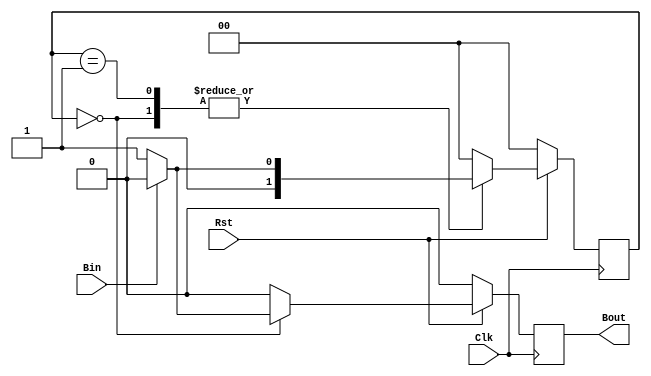
//Course Number:6370
module ButtonShaper(Bin,Bout,Clk,Rst);
  input Bin;
  input Clk,Rst;
  output Bout;
   reg Bout;
  reg [1:0]State;
  parameter INIT=0,WAIT=1;
  always @(posedge Clk)
   begin
   if (Rst==1)
    begin
    case(State)
     INIT:
       begin
	  Bout<=1'b0;
        if(Bin==0)
         begin
          Bout<=1'b1;
         State<=WAIT;
         end
        else
          begin
           State<=INIT;
         end
       end
    WAIT:
      begin
         Bout<=1'b0;
        if(Bin==1)
         begin
           State<=INIT;
          end
         else
         begin
          State<=WAIT;
         end
      end
   default:
      begin
     Bout<=1'b0; 
        begin
        State<=INIT;
        end
      end
   endcase
   end
 else
  begin
   if(Rst==0)
    begin
    Bout<=1'b0;
    State<=INIT;
    end
   end
  end
endmodule